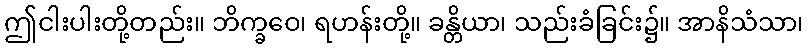
ဤငါးပါးတို့တည်း။ ဘိက္ခဝေ၊ ရဟန်းတို့။ ခန္တိယာ၊ သည်းခံခြင်း၌။ အာနိသံသာ၊